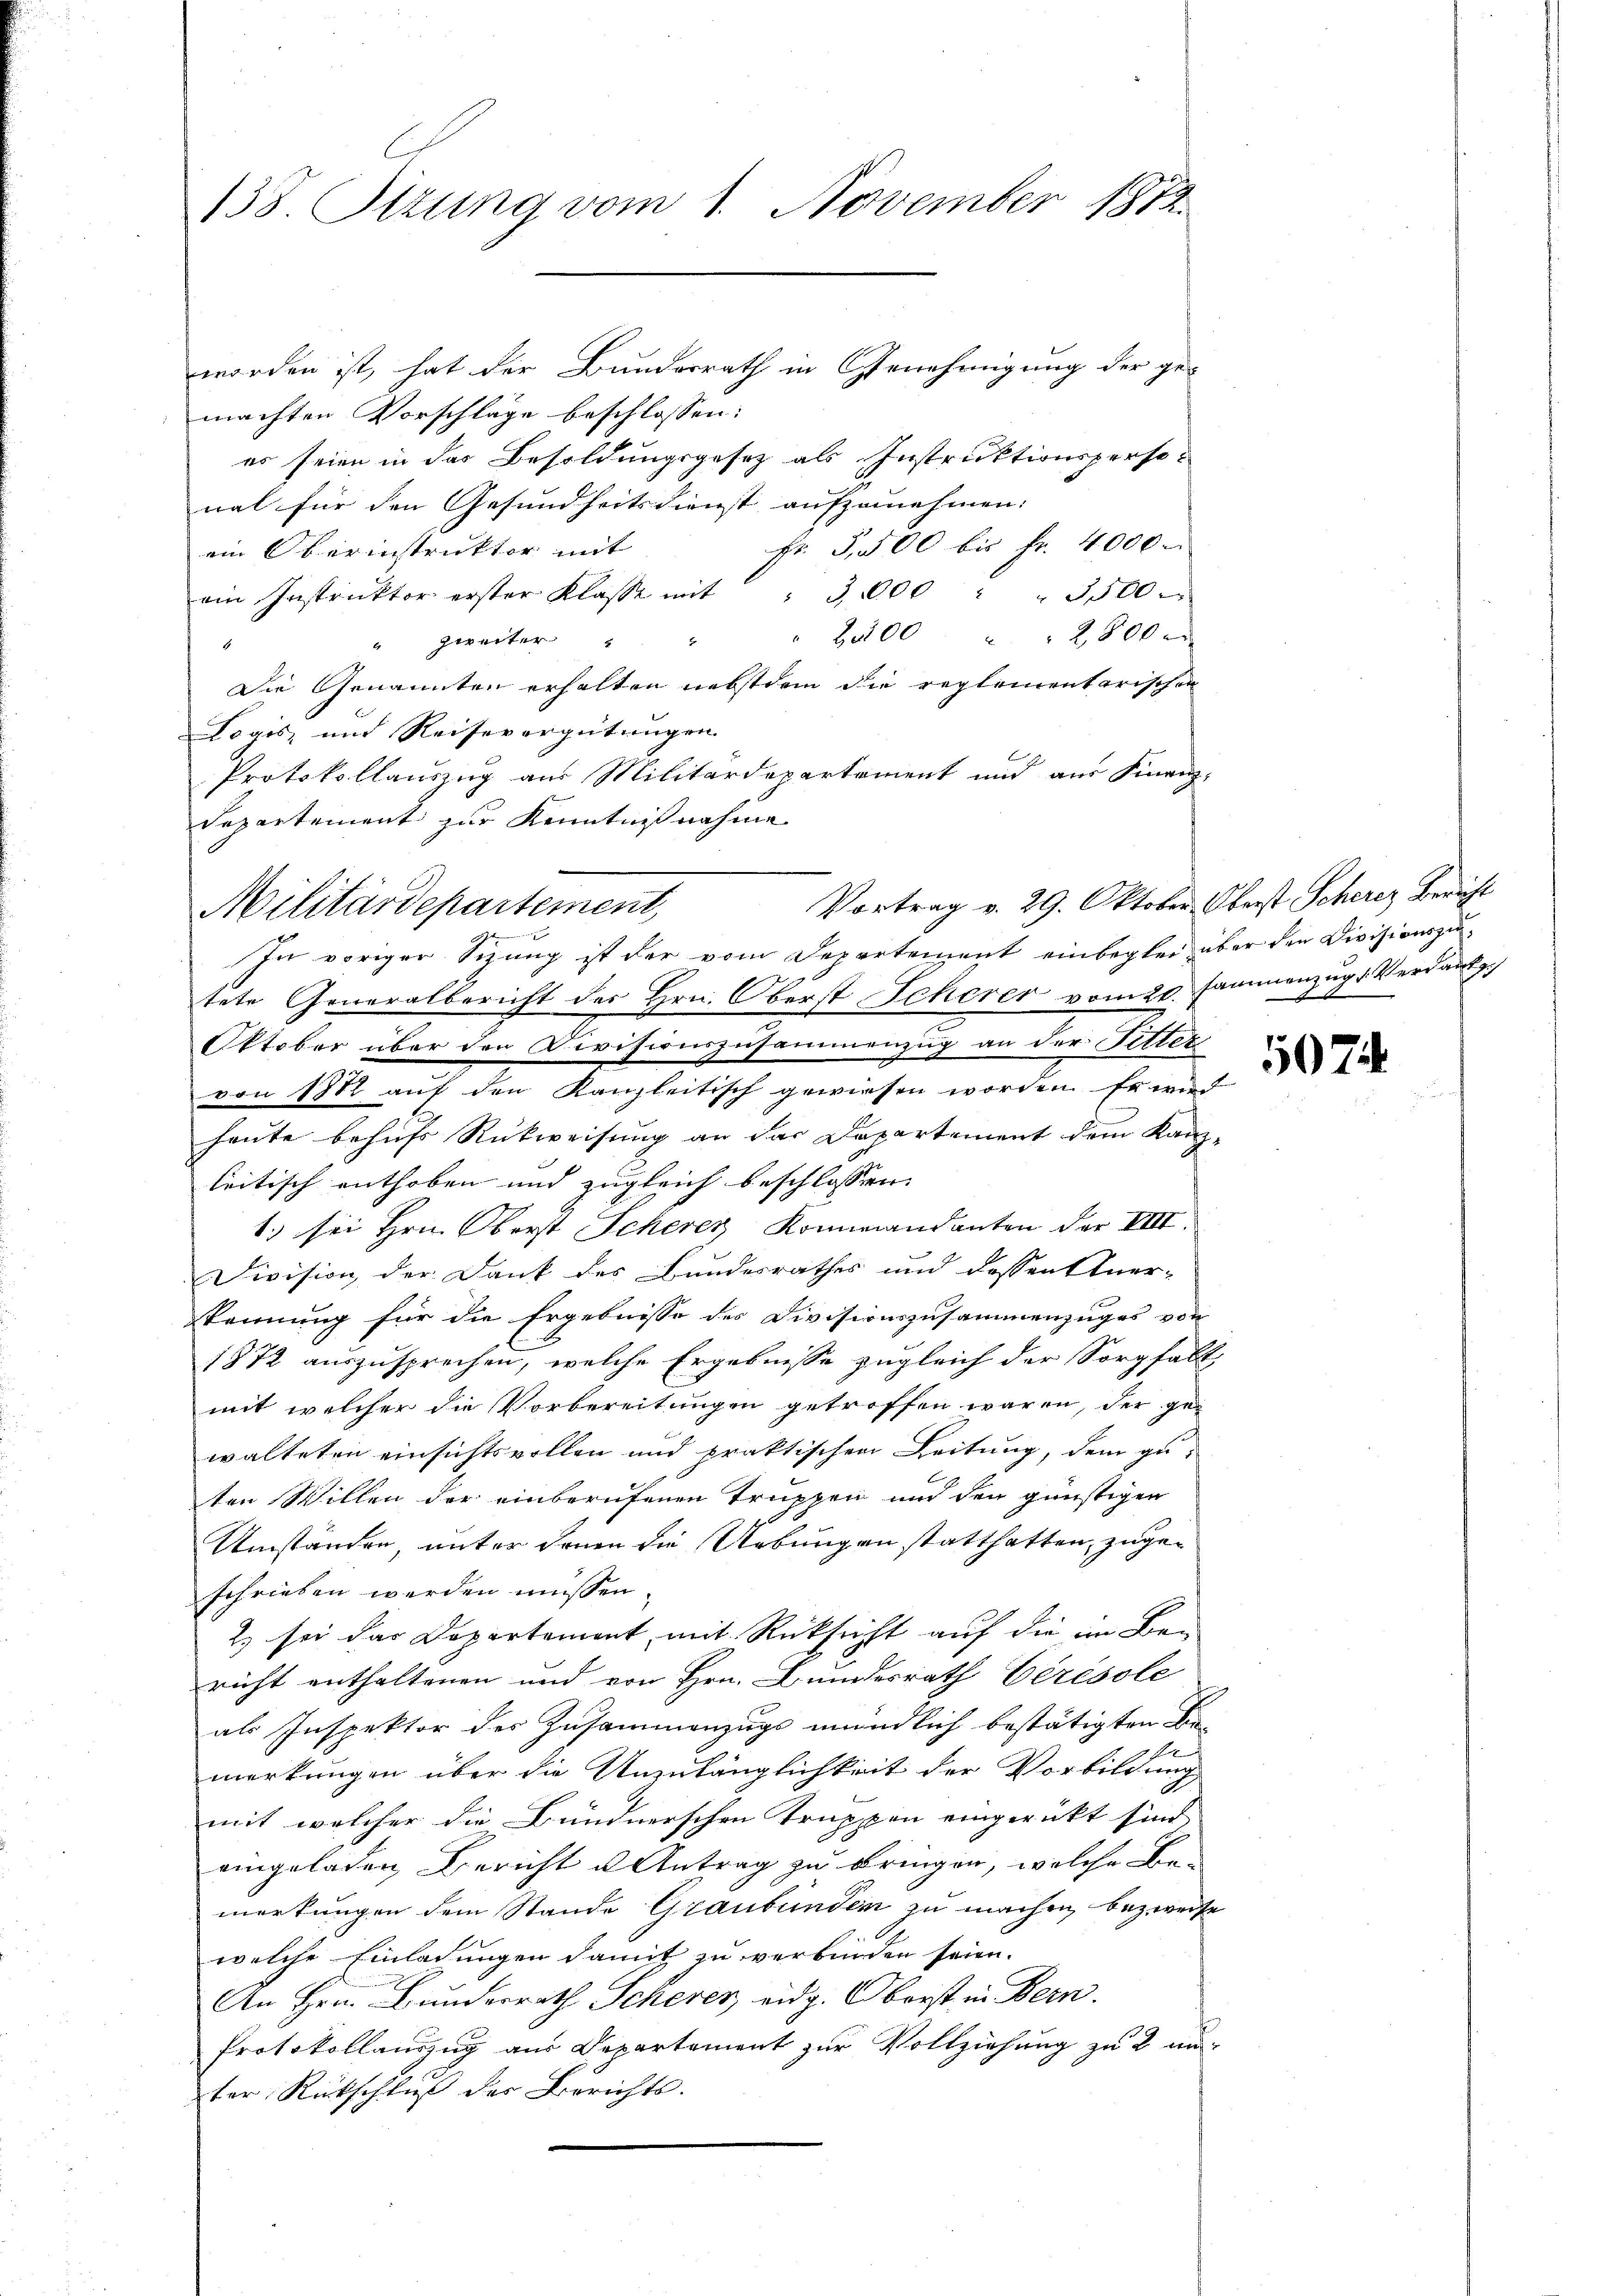
138. Sitzung vom 1. November 1812.

worden ist, hat der Bundesrath in Genehmigung der ge-
machten Vorschläge beschlossen:
es seien in das Besoldungsgesetz als Instruktionsperso-
nal für den Gesundheitsdienst aufzunehmen:
Fr. 3,500 bis Fr. 4000.
ein Oberinstruktor mit
ain Instruktor erster Klasse mit " 3000 " " 3500
" B.00 " " 2500 x
" zweiter
5
1
Die Genannten erhalten nebstdem die reglementarischen
Logis, und Reisevergütungen.
Protokollauszug aus Militärdepartement und aus Finanz-
Departement zur Kenntnißnahme

Vortrag v. 29. Oktober Oberst Scherer Bericht
Militärdepartement,
In voriger Sizung ist der vom Departement einbeglei über den Divisionszu¬

tete Generalbericht des Hrn. Oberst Scherer vom 20. Jannenzugs Verdank
Oktober über den Divisionszusammenzug an der Fetter
von 1882 auf den Kanzleitisch gewiesen worden. Er wir
heute behufs Rückweisung an das Departement dem Kanz-
leitisch enthoben und zugleich beschlossen:
1.) sei Hrn. Oberst Scherer Kommandanten der VIII.
Division der Dank des Bundesrathes und dessenstner-
kennung für die Ergebnisse des Divisionszusammenzuges von
1872 auszusprechen, welche Ergebnisse zugleich der Sorgfalt,
mit welcher die Vorbereitungen getroffen waren, der gewalteten einsichtsvollen und praktischen Leitung, dem zu-
ten Willen der einberufenen Truppen und den günstigen
Umständen, unter denen die Uebungen statthatten, zugeschrieben werden müssen.
2) sei das Departement, mit Rücksicht auf die im Be-
richt enthaltenen und von Hrn. Bundesrath Cérésole
als Inspektor des Zusammenzugs mündlich bestätigten Be-
merkungen über die Unzulänglichkeit der Vorbildung
mit welcher die Bündnerschen Truppen eingerückt sind, |
eingeladen Bericht u Antrag zu bringen, welche Be-
merkungen dem Stande Graubünden zu machen, bezweife
welche Einlachungen damit zu verbinden seien.
An Hrn. Bunderrath Scherer, eidg. Oberst in Bern.
Protokollauszug aus Departement zur Vollziehung zu 2 au-
ter Rückschluß der Berichts.

5074.